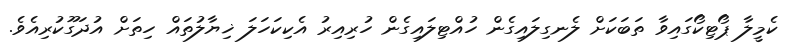
ކެމީލާ ޕޯޓިކޯގައިވާ ތަބަކަށް ލެނގިލައިގެން ހުއްޓިލައިގެން ހުރިއިރު އެކިކަހަލަ ޚިޔާލުތައް ހިތަށް އުދަގޫކުރިއެވެ.